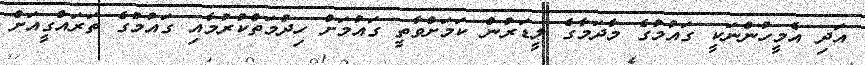
އަދި އެމީހުންނަކީ ގައުމުގެ މާދަމާގެ ލީޑަރުން ކަމަށްވާތީ ގައުމަށް ހިދުމަތްކުރުމާއި ގައުމުގެ ތަރައްގީއަށް